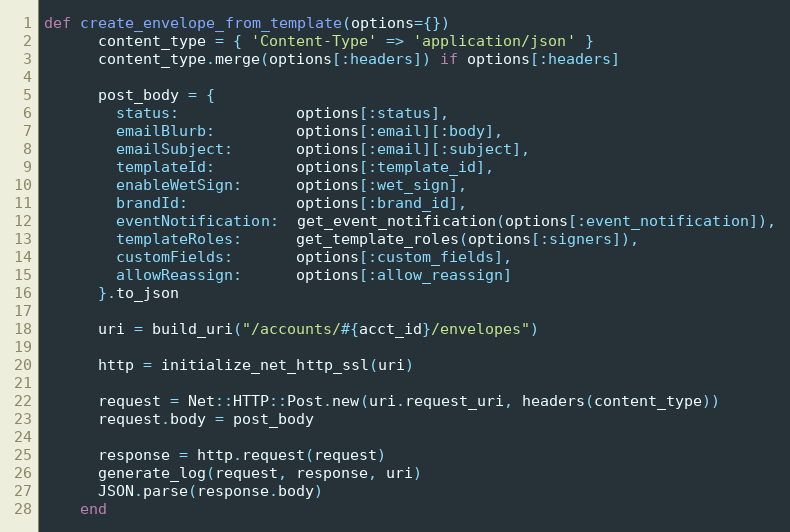
Language: Ruby
def create_envelope_from_template(options={})
      content_type = { 'Content-Type' => 'application/json' }
      content_type.merge(options[:headers]) if options[:headers]

      post_body = {
        status:             options[:status],
        emailBlurb:         options[:email][:body],
        emailSubject:       options[:email][:subject],
        templateId:         options[:template_id],
        enableWetSign:      options[:wet_sign],
        brandId:            options[:brand_id],
        eventNotification:  get_event_notification(options[:event_notification]),
        templateRoles:      get_template_roles(options[:signers]),
        customFields:       options[:custom_fields],
        allowReassign:      options[:allow_reassign]
      }.to_json

      uri = build_uri("/accounts/#{acct_id}/envelopes")

      http = initialize_net_http_ssl(uri)

      request = Net::HTTP::Post.new(uri.request_uri, headers(content_type))
      request.body = post_body

      response = http.request(request)
      generate_log(request, response, uri)
      JSON.parse(response.body)
    end